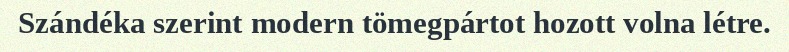
Szándéka szerint modern tömegpártot hozott volna létre.